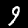
Label: 9